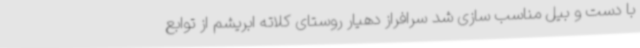
با دست و بیل مناسب سازی شد سرافراز دهیار روستای کلاته ابریشم از توابع